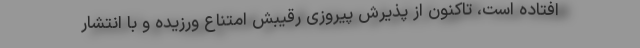
افتاده است، تاکنون از پذیرش پیروزی رقیبش امتناع ورزیده و با انتشار